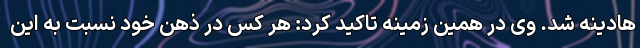
هادینه شد. وی در همین زمینه تاکید کرد: هر کس در ذهن خود نسبت به این